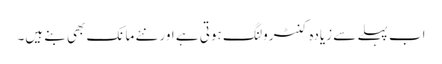
اب پہلے سے زیادہ کنٹرولنگ ہوتی ہے اور نئے مانک بھی بنے ہیں۔